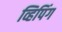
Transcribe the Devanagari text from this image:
व्हिपिंग